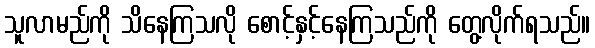
သူလာမည်ကို သိနေကြသလို စောင့်နှင့်နေကြသည်ကို တွေ့လိုက်ရသည်။